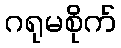
ဂရုမစိုက်